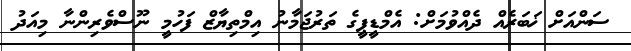
ސަންއަށް ޚަބަރެއް ދެއްވުމަށް: އެމްޑީޕީގެ ތަރުޖަމާނު އިމްތިޔާޒް ފަހުމީ ނޫސްވެރިންނާ މިއަދު